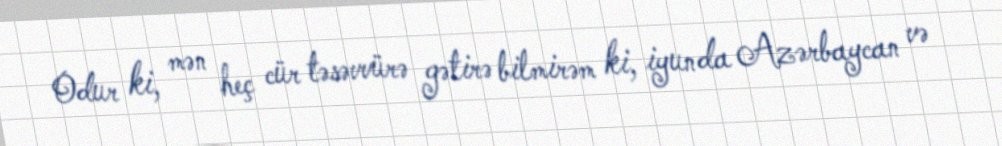
Odur ki, mən heç cür təsəvvürə gətirə bilmirəm ki, iyunda Azərbaycan və